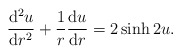
\begin{align*}\frac{{\rm d}^{2} u}{{\rm d} r^{2}}+\frac{1}{r}\frac{{\rm d} u}{{\rm d}r}=2\sinh 2u.\end{align*}